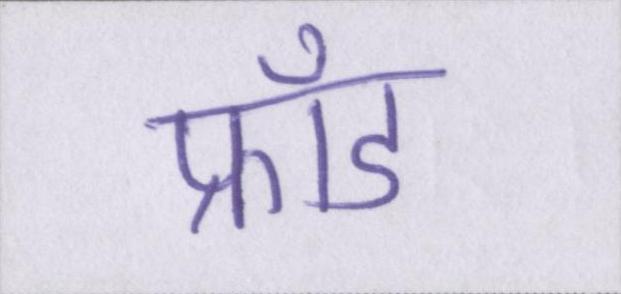
फ्रॉड